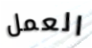
العمل